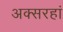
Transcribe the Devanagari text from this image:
अक्सरहां